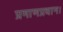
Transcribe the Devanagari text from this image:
प्रमाणप्रधान।